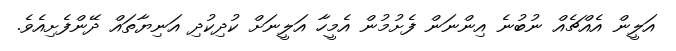
އަލީން އެއްޗެއް ނުބުނެ އިންނަން ފެށުމުން އެމީހާ އަލީނަށް ކުދިކުދި އަނިޔާތައް ދޭންފެށިއެވެ.